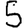
Digit: 5